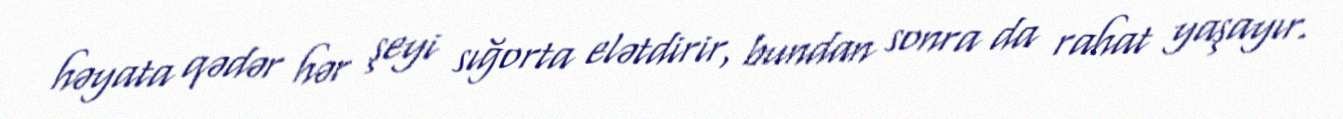
həyata qədər hər şeyi sığorta elətdirir, bundan sonra da rahat yaşayır.